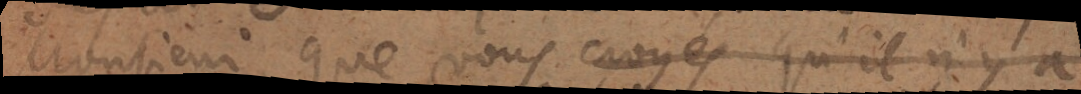
Monsieur, que vous croyés qu’il n’y a